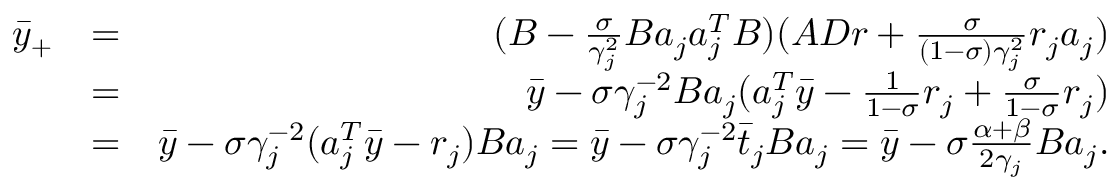
\begin{array} { r l r } { \bar { y } _ { + } } & { = } & { ( B - \frac { \sigma } { \gamma _ { j } ^ { 2 } } B a _ { j } a _ { j } ^ { T } B ) ( A D r + \frac { \sigma } { ( 1 - \sigma ) \gamma _ { j } ^ { 2 } } r _ { j } a _ { j } ) } \\ & { = } & { \bar { y } - \sigma \gamma _ { j } ^ { - 2 } B a _ { j } ( a _ { j } ^ { T } \bar { y } - \frac { 1 } { 1 - \sigma } r _ { j } + \frac { \sigma } { 1 - \sigma } r _ { j } ) } \\ & { = } & { \bar { y } - \sigma \gamma _ { j } ^ { - 2 } ( a _ { j } ^ { T } \bar { y } - r _ { j } ) B a _ { j } = \bar { y } - \sigma \gamma _ { j } ^ { - 2 } \bar { t } _ { j } B a _ { j } = \bar { y } - \sigma \frac { \alpha + \beta } { 2 \gamma _ { j } } B a _ { j } . } \end{array}